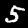
Digit: 5